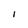
Character: l